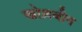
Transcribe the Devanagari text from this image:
खोज़बीन